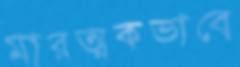
মারত্মকভাবে